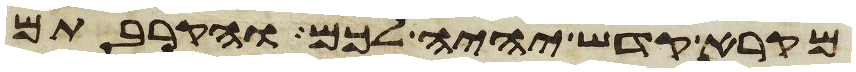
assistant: מקרא קדש יהיה לכם והקרבתם